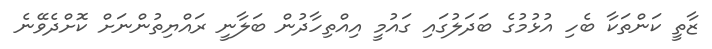
ޒާތީ ކަންތަކާ ބެހި އުޅުމުގެ ބަދަލުގައި ގައުމީ އިއްތިހާދުން ބަލާނީ ރައްޔިތުންނަށް ކޮށްދެވޭނެ